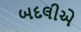
બદલીએ